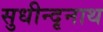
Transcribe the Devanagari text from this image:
सुधीन्दृनाथ